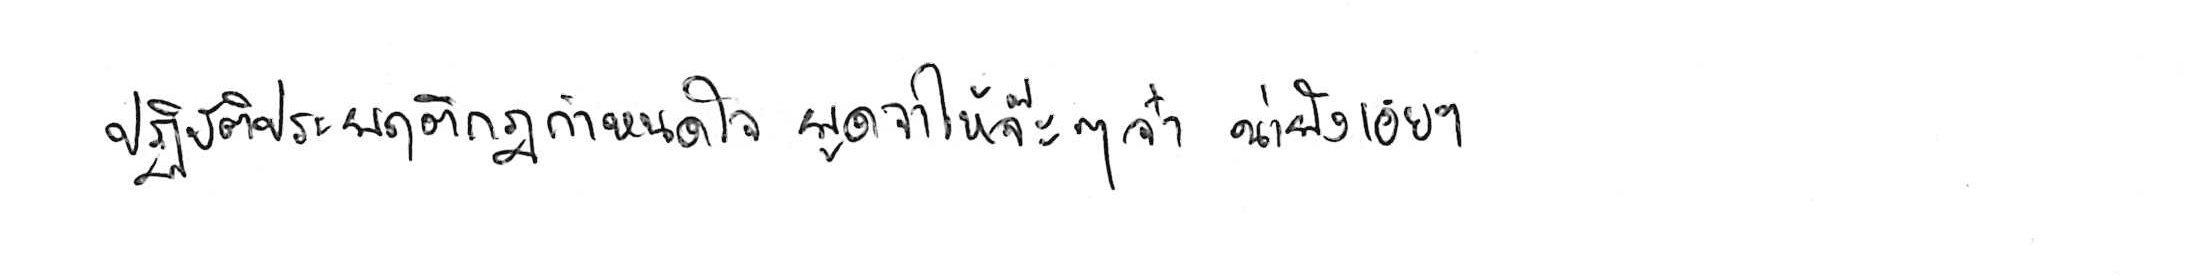
ปฏิบัติประพฤติกฎกำหนดใจ พูดจาให้จ๊ะๆ จ๋า น่าฟังเอยฯ